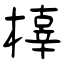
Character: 橭